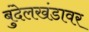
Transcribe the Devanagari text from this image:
बुंदेलखंडावर